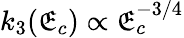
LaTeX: k_{3}(\mathfrak{E}_{c})\propto\mathfrak{E}_{c}^{-3/4}